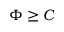
\Phi \ge C